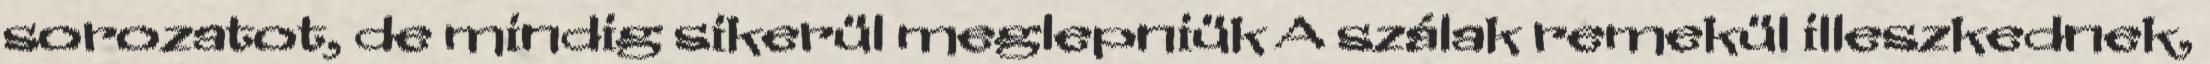
sorozatot, de mindig sikerül meglepniük A szálak remekül illeszkednek,